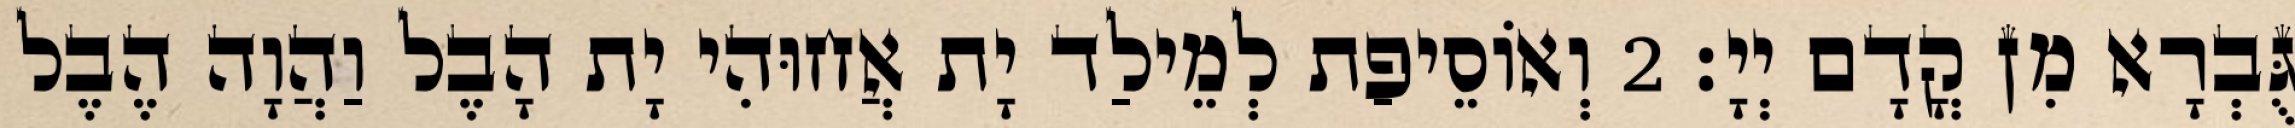
גֻּבְרָא מִן קֳדָם יְיָ׃ 2 וְאוֹסֵיפַת לְמֵילַד יָת אֲחוּהִי יָת הָבֶל וַהֲוָה הֶבֶל